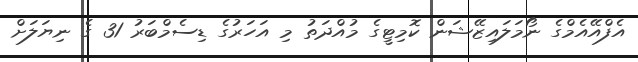
އެފްއޭއެމްގެ ނޯމަލައިޒޭޝަން ކޮމިޓީގެ މުއްދަތު މި އަހަރުގެ ޑިސެމްބަރު 31 ގެ ނިޔަލަށް